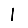
Digit: 1